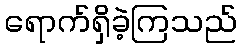
ရောက်ရှိခဲ့ကြသည်